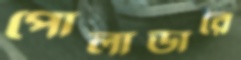
পোলাডারে